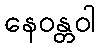
နေဝန္တဝါ